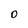
Character: 0